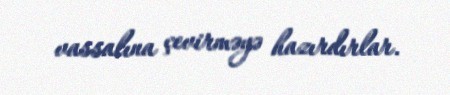
vassalına çevirməyə hazırdırlar.